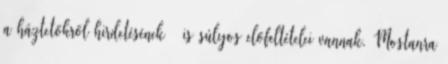
a háztetőkről hirdetésének – is súlyos elő­fel­tételei van­nak. Mostanra